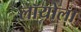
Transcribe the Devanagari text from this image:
लॉयोला